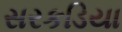
સરકડિયા